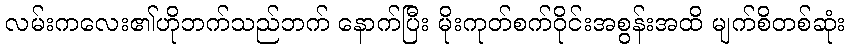
လမ်းကလေး၏ဟိုဘက်သည်ဘက် နောက်ပြီး မိုးကုတ်စက်ဝိုင်းအစွန်းအထိ မျက်စိတစ်ဆုံး